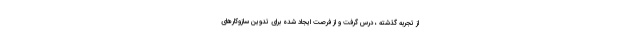
از تجربه گذشته ، درس گرفت و از فرصت ايجاد شده براي تدوين سازوكارهاي